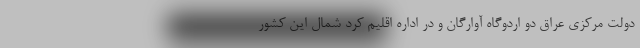
دولت مرکزی عراق دو اردوگاه آوارگان و در اداره اقلیم کرد شمال این کشور